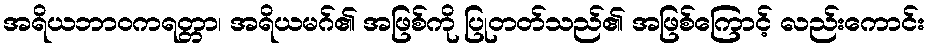
အရိယဘာဝကရတ္တာ၊ အရိယမဂ်၏ အဖြစ်ကို ပြုတတ်သည်၏ အဖြစ်ကြောင့် လည်းကောင်း